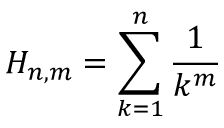
H _ { n , m } = \sum _ { k = 1 } ^ { n } { \frac { 1 } { k ^ { m } } }